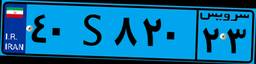
۸۴S۵۲۷۶۹